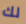
لك